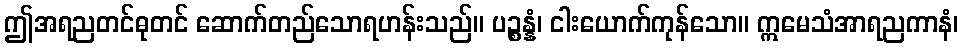
ဤအရညတင်ဓုတင် ဆောက်တည်သောရဟန်းသည်။ ပဉ္စန္နံ၊ ငါးယောက်ကုန်သော။ ဣမေသံအာရညကာနံ၊